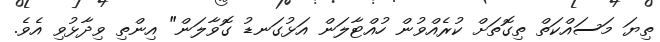
ތިޔަ މަސައްކަތް ތިގޮތަށް ކުރެއްވުން ހުއްޓާލަން އަޅުގަނޑު ގޮވާލަން" އިންތި ވިދާޅުވި އެވެ.